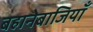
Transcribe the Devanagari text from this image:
बहानेबाजियाँ